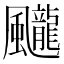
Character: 𩙘